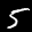
Label: 5